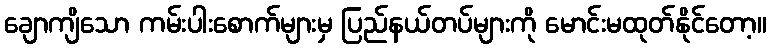
ချောကျိသော ကမ်းပါးစောက်များမှ ပြည်နယ်တပ်များကို မောင်းမထုတ်နိုင်တော့။